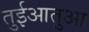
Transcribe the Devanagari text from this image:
तुईआतुआ